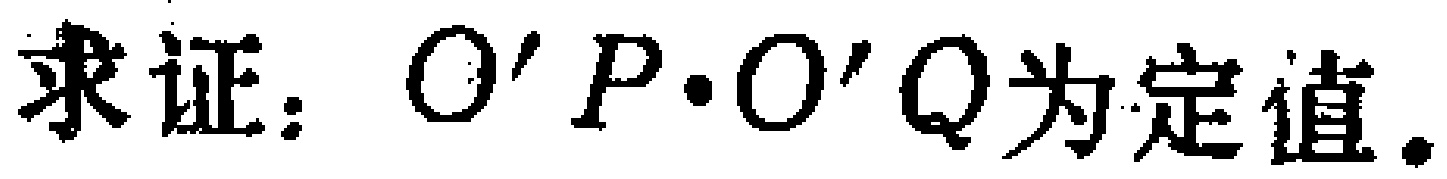
求证：$O'P\cdot O'Q$为定值.